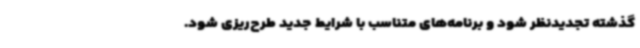
گذشته تجدیدنظر شود و برنامه‌های متناسب با شرایط جدید طرح‌ریزی شود.